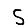
Digit: 5